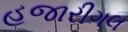
હજારીગલ